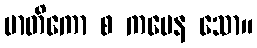
မာတိကော စ ကမေန သော။